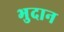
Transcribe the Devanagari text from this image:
भुदान